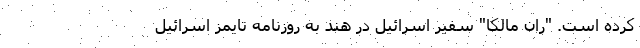
کرده است. "ران مالکا" سفیر اسرائیل در هند به روزنامه تایمز اسرائیل